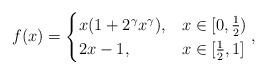
LaTeX: \begin{align*} f(x)=\begin{cases} x(1+2^\gamma x^\gamma), & x\in[0,\frac12) \\2x-1, & x\in[\frac12,1]\end{cases},\end{align*}